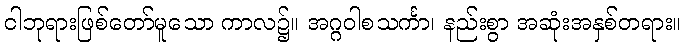
ငါဘုရားဖြစ်တော်မူသော ကာလ၌။ အဂ္ဂဝါစသင်္ကာ၊ နည်းစွာ အဆုံးအနှစ်တရား။